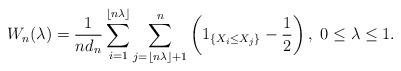
LaTeX: \begin{align*}W_n(\lambda)=\frac{1}{nd_n}\sum\limits_{i=1}^{\lfloor n\lambda\rfloor}\sum\limits_{j=\lfloor n\lambda\rfloor+1}^n\left(1_{\left\{X_i\leq X_j\right\}}-\frac{1}{2}\right), \ 0\leq \lambda\leq 1.\end{align*}